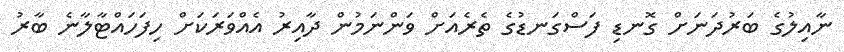
ނާއިލުގެ ބަރުދަނަށް ގޮނޑި ފަސްގަނޑުގެ ތެރެއަށް ވަންނަމުން ދާއިރު އެއްވަރަކަށް ހިފަހައްޓާލާނެ ބާރު